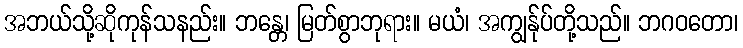
အဘယ်သို့ဆိုကုန်သနည်း။ ဘန္တေ၊ မြတ်စွာဘုရား။ မယံ၊ အကျွန်ုပ်တို့သည်။ ဘဂဝတော၊